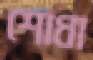
শোধা